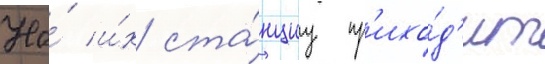
На́ и́х ста́нциу пр'ихо́д'ит